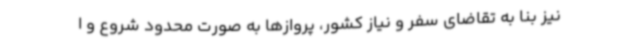
نیز بنا به تقاضای سفر و نیاز کشور، پروازها به صورت محدود شروع و ا